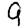
Digit: 9